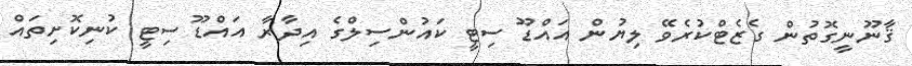
ޤާނޫނީގޮތުން ގެޒެޓްކުރެވޭ ލިޔުން އައްޑޫ ސިޓީ ކައުންސިލްގެ އިދާރާ އައްޑޫ ސިޓީ ކުނިކޮށިތައް